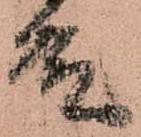
殿